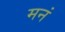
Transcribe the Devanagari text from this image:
मनं